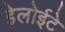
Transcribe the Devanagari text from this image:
डेलोईटे